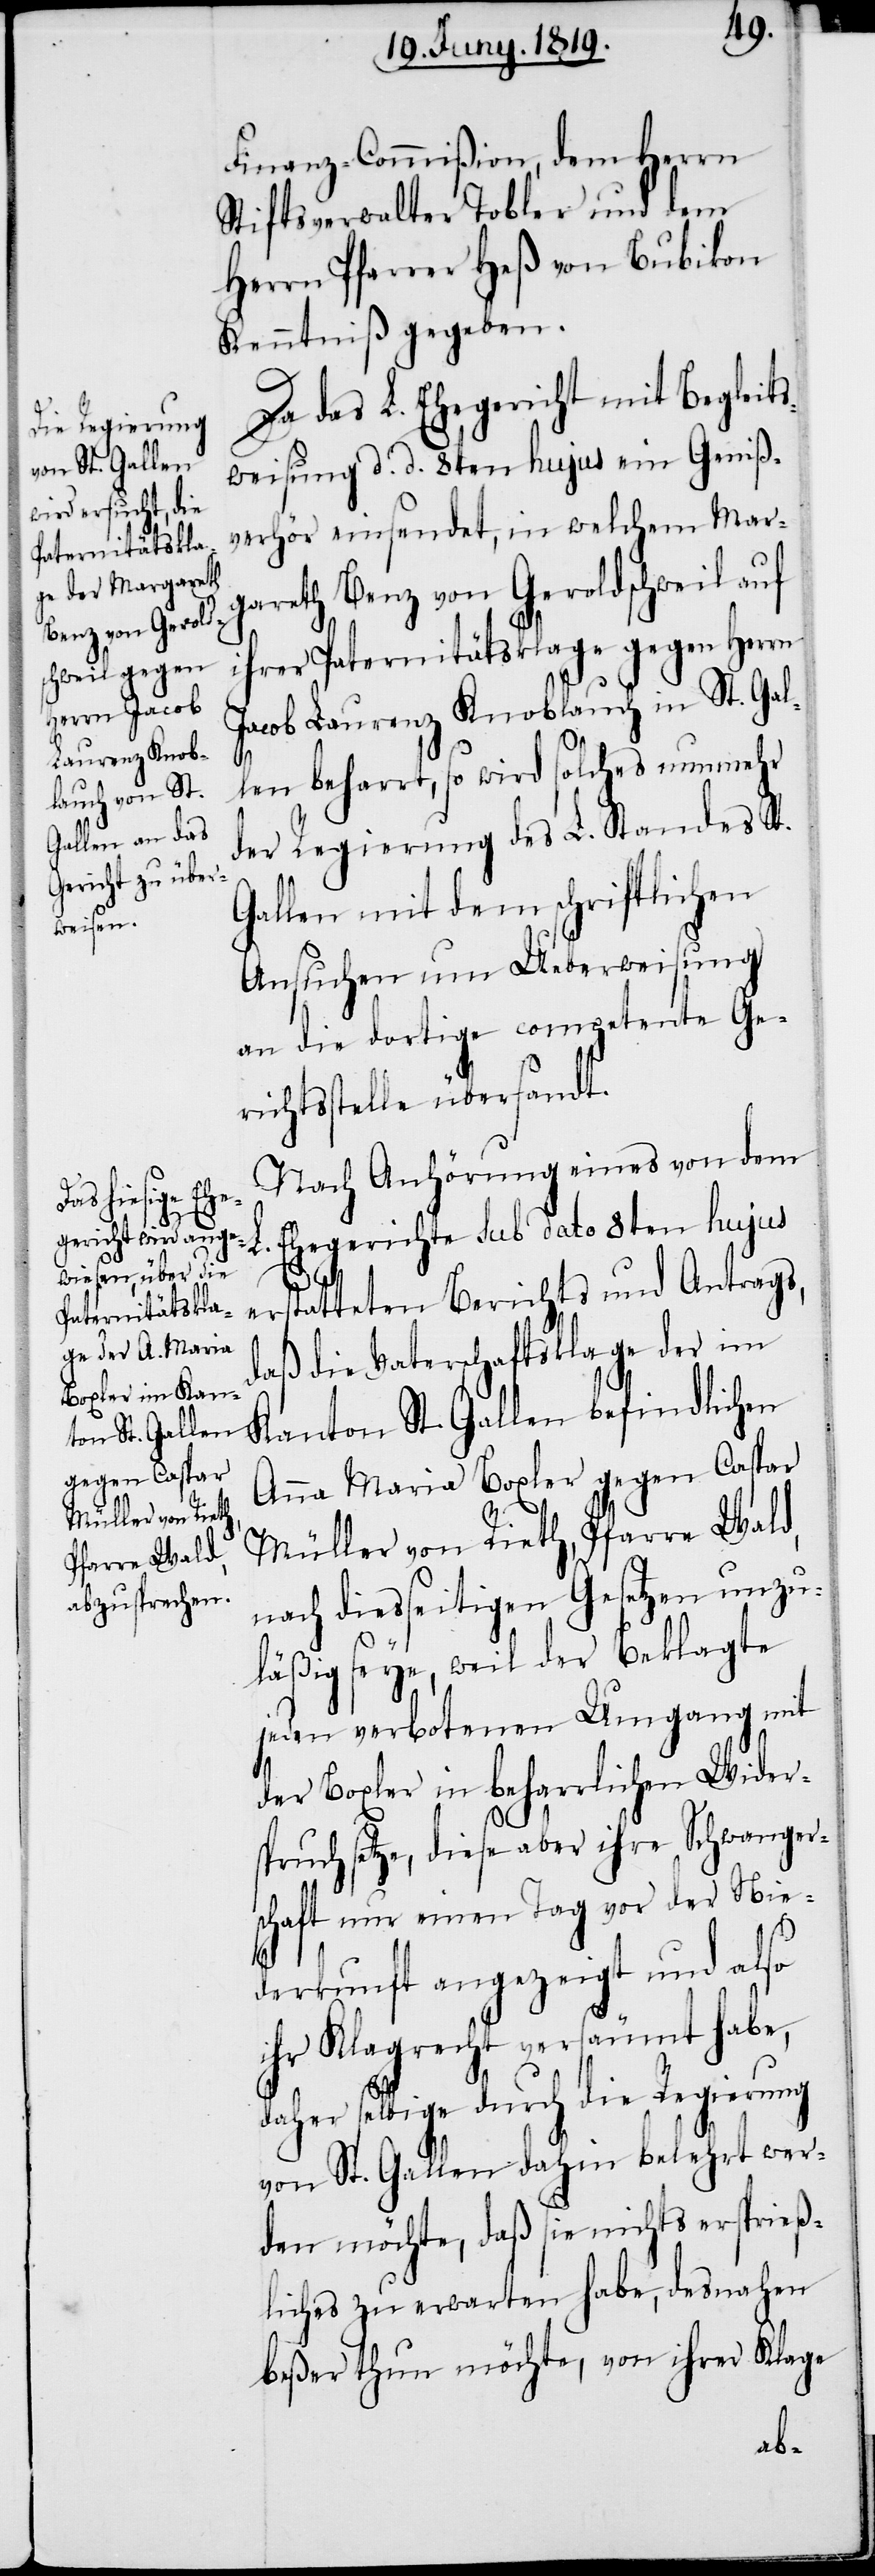
Finanz-Commißion, dem Herrn
Stiftsverwalter Tobler und dem
Herrn Pfarrer Heß von Bubikon
Kenntniß gegeben.
Da das L. Ehegericht mit Begleits¬
weisung d. d. 8ten hujus ein Geniß¬
verhör einsendet, in welchem Mar¬
gareth Benz von Geroldschweil auf
ihrer Paternitätsklage gegen Herrn
Jacob Laurenz Knoblauch in St. Gal¬
len beharrt, so wird solches nunmehr
der Regierung des L. Standes St.
Gallen mit dem schriftlichen
Ansuchen um Ueberweisung
an die dortige competente Ge¬
richtsstelle übersandt.
Nach Anhörung eines von dem
L. Ehegerichte sub dato 8ten hujus
erstatteten Berichts und Antrags,
daß die Vaterschaftsklage der im
Kanton St. Gallen befindlichen
Anna Maria Boxler gegen Caspar
Müller von Rieth, Pfarre Wald,
nach diesseitigen Gesetzen unzu¬
läßig seye, weil der Beklagte
jeden verbotenen Umgang mit
der Boxler in beharrlichen Wider¬
spruch setze, diese aber ihre Schwanger¬
schaft nur einen Tag vor der Nie¬
derkunft angezeigt und also
ihr Klagrecht versäumt habe,
daher selbige durch die Regierung
von St. Gallen dahin belehrt wer¬
den möchte, daß sie nichts ersprieß¬
liches zu erwarten habe, desnahen
beßer thun möchte, von ihrer Klage